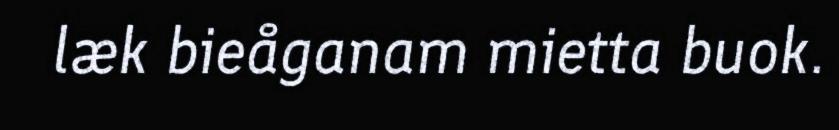
læk bieåganam mietta buok.